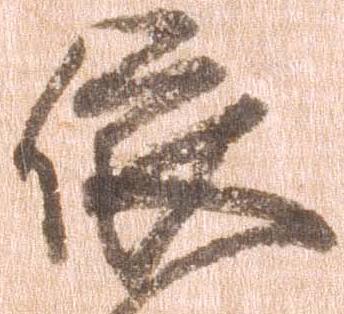
依